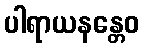
ပါရာယနန္တေဝ